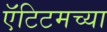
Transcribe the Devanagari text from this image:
ऍंटिटमच्या